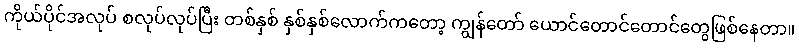
ကိုယ်ပိုင်အလုပ် စလုပ်လုပ်ပြီး တစ်နှစ် နှစ်နှစ်လောက်ကတော့ ကျွန်တော် ယောင်တောင်တောင်တွေဖြစ်နေတာ။